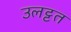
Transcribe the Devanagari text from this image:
उलट्टत